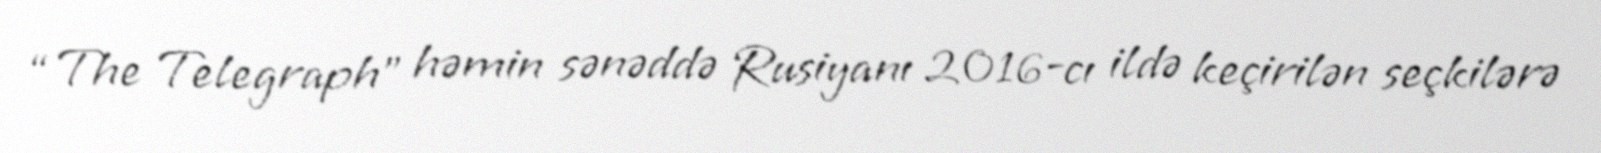
“The Telegraph” həmin sənəddə Rusiyanı 2016-cı ildə keçirilən seçkilərə